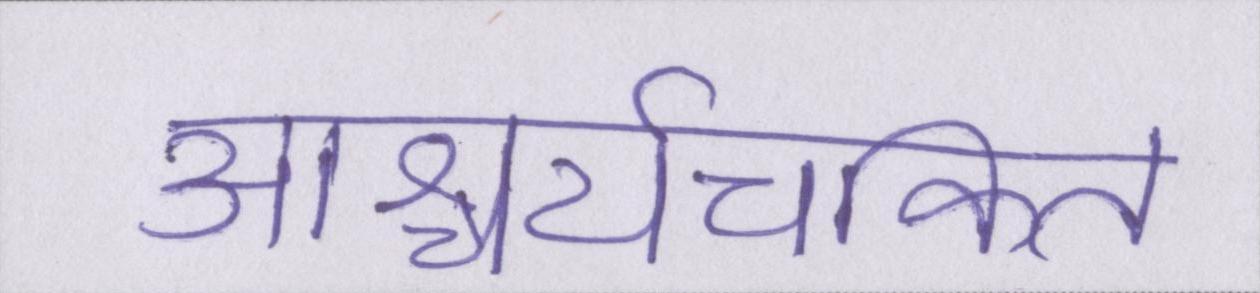
आश्चर्यचकित